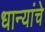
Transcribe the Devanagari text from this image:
धान्यांचे